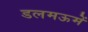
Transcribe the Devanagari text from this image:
डलमऊमें